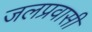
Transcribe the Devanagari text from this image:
जलप्रवासी